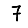
Digit: 7